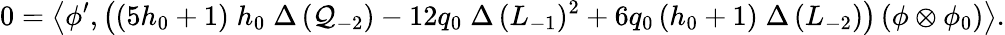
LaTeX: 0=\left\langle\phi^{\prime},\left((5h_{0}+1)\; h_{0}\; \Delta\, (\mathcal{Q}_{-2})-12q_{0}\; \Delta\, (L_{-1})^{2}+6q_{0}\, (h_{0}+1)\; \Delta\, (L_{-2})\right)\left(\phi\otimes\phi_{0}\right)\right\rangle.